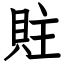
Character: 䝬